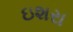
ઇશરા